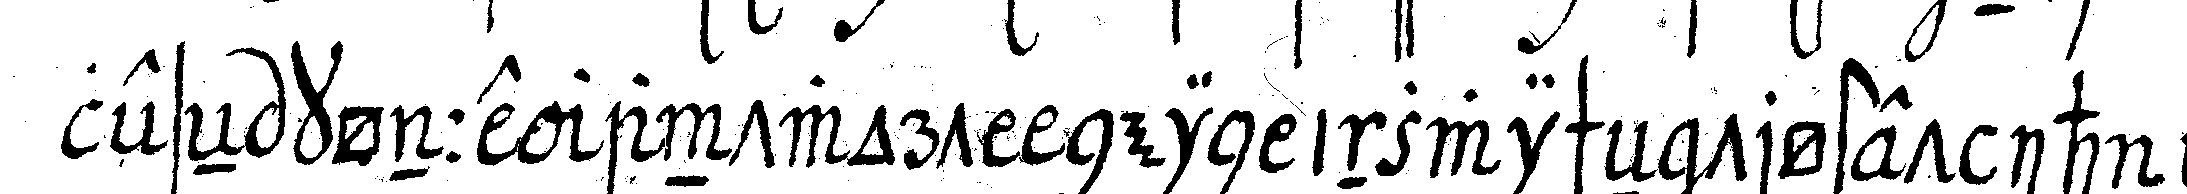
leseN könne antwort nein inzwischeN tröstet ihn